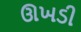
ઊખડી